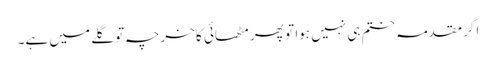
اگر مقدمہ ختم ہی نہیں ہوا تو پھر مٹھائی کا خرچہ تو گلے میں ہے۔